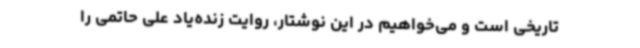
تاریخی است و می‌خواهیم در این نوشتار، روایت زنده‌یاد علی حاتمی را